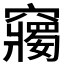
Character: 𥨲